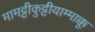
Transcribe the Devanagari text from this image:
मामट्टीकुट्टीयाम्माक्कू